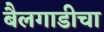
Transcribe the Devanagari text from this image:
बैलगाडीचा